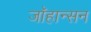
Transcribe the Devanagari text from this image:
जाॅहान्सन